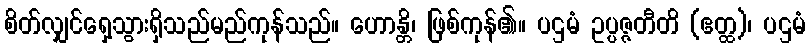
စိတ်လျှင်ရှေ့သွားရှိသည်မည်ကုန်သည်။ ဟောန္တိ၊ ဖြစ်ကုန်၏။ ပဌမံ ဥပ္ပဇ္ဇတီတိ (ဧတ္ထ)၊ ပဌမံ